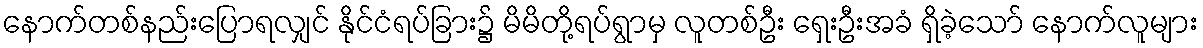
နောက်တစ်နည်းပြောရလျှင် နိုင်ငံရပ်ခြား၌ မိမိတို့ရပ်ရွာမှ လူတစ်ဦး ရှေးဦးအခံ ရှိခဲ့သော် နောက်လူများ